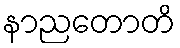
နာညတောတိ